Annual vaccination report of Bihar and Orissa - 1911-1928
Year: 1911
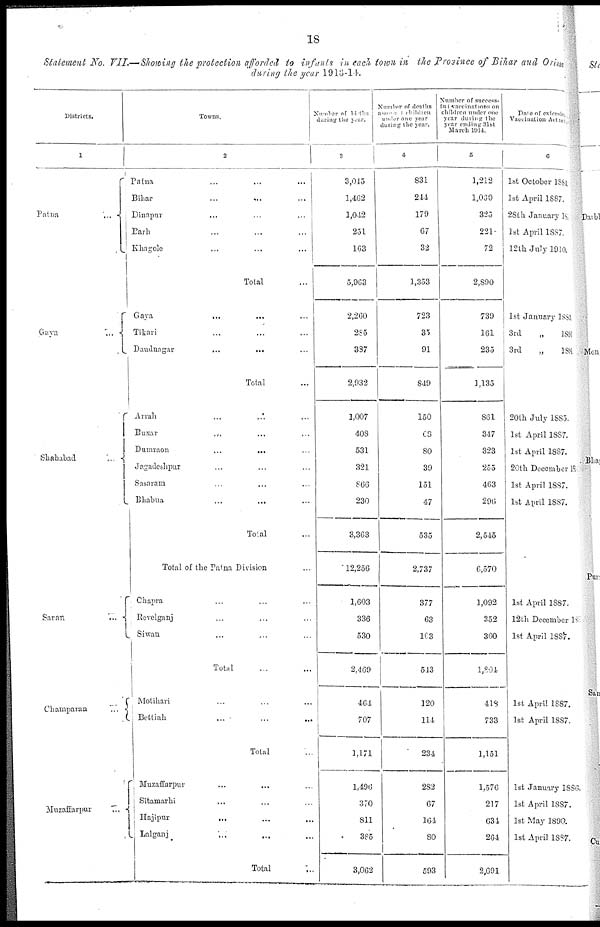
18
Statement No. VII.—Showing the protection afforded to infants in each town in the Province of Bihar and Orissa
during the year 1913-14.
Districts.
1
Patna
...
Gaya
...
Shahabad ...
Saran ...
Champaran
...
Muzaffarpur ...
Towns.
2
Patna ... ... ...
Bihar ... ... ...
Dinapur ... ... ...
Parh ... ... ...
Khagole ... ... ...
Total ...
Gaya
...
...
...
Titari ... ... ...
Daudnagar
...
...
...
Total ...
Arrah ... ... ...
Buxar
...
...
...
Dumraon
...
...
...
Jagadeshpur ... ... ...
Sasaram ... ... ...
Bhabua
...
...
...
Total ...
Total of the Patna Division ...
Chapra ... ... ...
Revelganj ... ... ...
Siwan ... ... ...
Total ... ...
Motihari ... ... ...
Bettiah
...
...
...
Total ...
Muzaffarpur ... ... ...
Sitamarhi ... ... ...
Hajipur ... ... ...
Lalganj
...
...
...
Total ...
Number of births
during the year.
3
3,015
1,462
1,042
251
163
5,963
2,260
285
387
2,932
1,007
408
531
321
866
230
3,363
12,256
1,603
336
530
2,469
464
707
1,171
1,490
370
811
385
3,062
Number of deaths
amongst children
under one year
during the year.
4
831
244
179
67
32
1,353
723
35
91
849
150
68
80
39
151
47
535
2,737
377
63
103
543
120
114
234
282
67
164
80
593
Number of success-
ful vaccinations on
children under one
year during the
year ending 31st
March 1914.
5
1,212
1,060
325
221
72
2,890
739
161
235
1,135
861
347
323
255
463
296
2,545
6,570
1,092
352
360
1,804
418
733
1,151
1,576
217
634
264
2,691
Date of extension
Vaccination Act total.
6
1st October 1884
1st April 1887.
28th January 1887
1st April 1887.
12th July 1910.
1st January 1883.
3rd
„
1891
3rd
„
1891
20th July 1885.
1st April 1887.
1st April 1887.
20th December 1887
1st April 1887.
1st April 1887.
1st April 1887.
12th December 1887
1st April 1887.
1st April 1887.
1st April 1887.
1st January 1886.
1st April 1887.
1st May 1890.
1st April 1887.